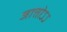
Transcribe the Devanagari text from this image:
जात्तोऽऽ